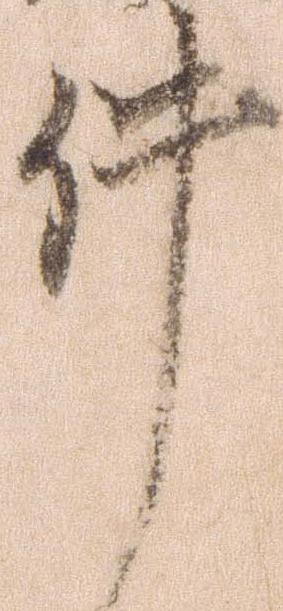
件